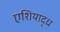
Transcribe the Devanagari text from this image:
एशियाद्ध